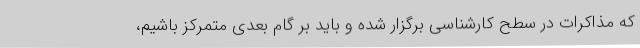
که مذاکرات در سطح کارشناسی برگزار شده و باید بر گام بعدی متمرکز باشیم،